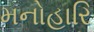
મનોહારિ